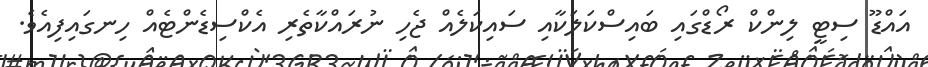
އައްޑޫ ސިޓީ ލިންކް ރޯޑްގައި ބައިސްކަލަކާއި ސައިކަލެއް ޖެހި ނުރައްކާތެރި އެކްސިޑެންޓެއް ހިނގައިފިއެވެ.